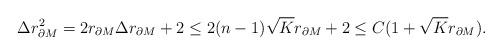
LaTeX: \begin{align*} \Delta r^2_{\partial M}= 2r_{\partial M}\Delta r_{\partial M}+2\leq 2(n-1)\sqrt{K}r_{\partial M}+2\leq C(1+\sqrt{K}r_{\partial M}).\end{align*}